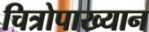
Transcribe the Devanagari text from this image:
चित्रोपाख्यान